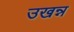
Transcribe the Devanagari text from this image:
उखन्न